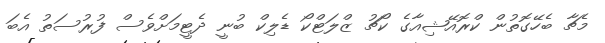
މެޗާ ބެހޭގޮތުން ކްރޮއޭޝިއާގެ ކޯޗު ޒްލަޓްކޯ ޑެލިކް ބުނީ ދެޓީމަށްވެސް ފުރުސަތު އެބަ